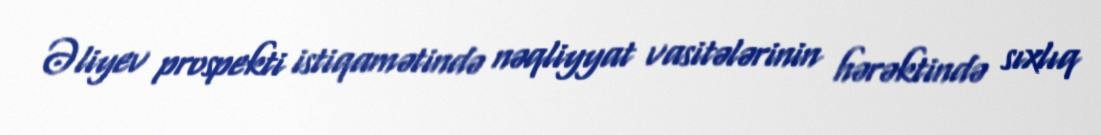
Əliyev prospekti istiqamətində nəqliyyat vasitələrinin hərəktində sıxlıq